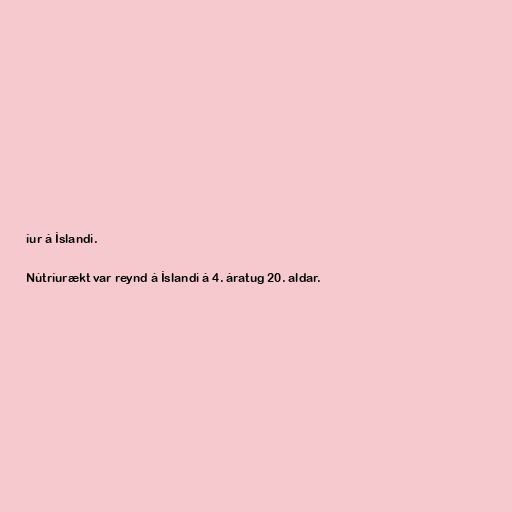
íur á Íslandi.

Nútríurækt var reynd á Íslandi á 4. áratug 20. aldar.